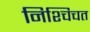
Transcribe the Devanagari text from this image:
निश्चिचत